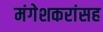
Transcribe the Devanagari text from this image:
मंगेशकरांसह